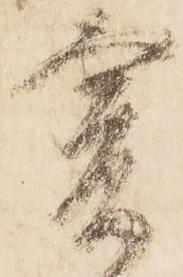
爰